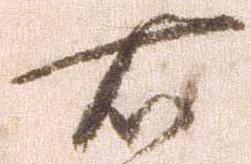
右